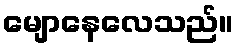
မျောနေလေသည်။